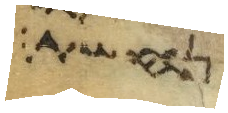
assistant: נחשת